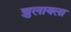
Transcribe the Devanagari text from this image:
झुलायला